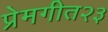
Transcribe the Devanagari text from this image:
प्रेमगीत२३